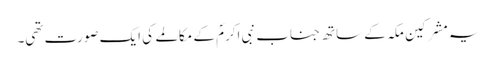
یہ مشرکین مکہ کے ساتھ جناب نبی اکرمؐ کے مکالمے کی ایک صورت تھی۔